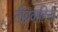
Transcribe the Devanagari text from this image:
तीव्रवाहिनी